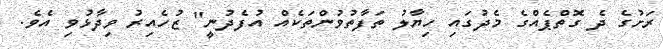
ރަށުގެ ދެ ގޮތްޕެއްގެ މެދުގައި ހިޔާލު ތަފާތުވުންތަކެއް އުފެދުނީ" ޒުހެއިރު ވިދާޅުވި އެވެ.